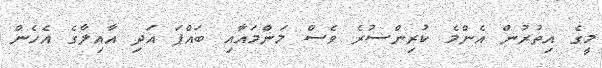
މީގެ އިތުރުން އެންމެ ކުރިންސުރެ ވެސް މަންމައާއި ބައްޕަ އަދި އާއިލާގެ އެހެން